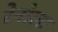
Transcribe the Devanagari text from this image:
रेनोला